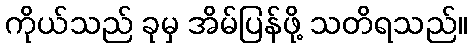
ကိုယ်သည် ခုမှ အိမ်ပြန်ဖို့ သတိရသည်။